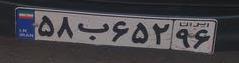
۵۸ب۶۵۲۹۶